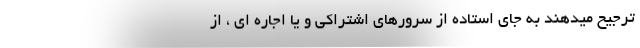
ترجیح میدهند به جای استاده از سرورهای اشتراکی و یا اجاره ای ، از